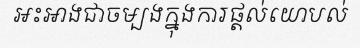
អះអាងជាចម្បងក្នុងការផ្តល់យោបល់